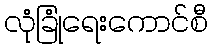
လုံခြုံရေးကောင်စီ